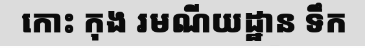
កោះ កុង រមណីយដ្ឋាន ទឹក